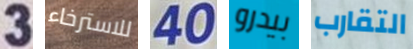
3 للاسترخاء 40 بيدرو التقارب